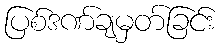
ပြစ်ဒဏ်ချမှတ်ခြင်း